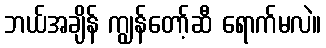
ဘယ်အချိန် ကျွန်တော့်ဆီ ရောက်မလဲ။